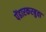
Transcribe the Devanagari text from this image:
पेंढारकरबुवा